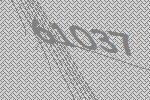
61037